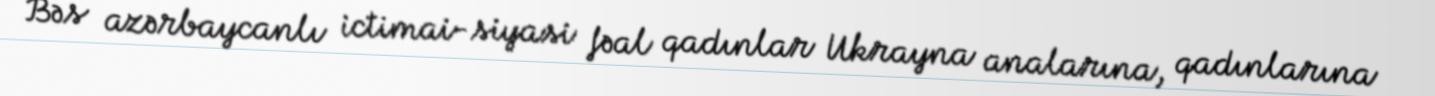
Bəs azərbaycanlı ictimai-siyasi fəal qadınlar Ukrayna analarına, qadınlarına